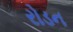
રોડન